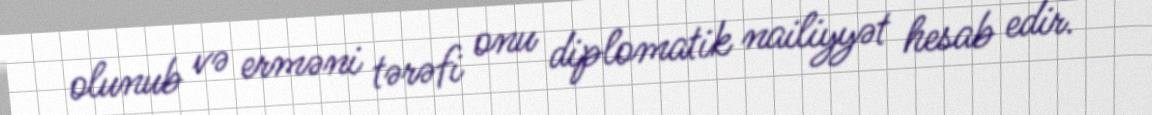
olunub və erməni tərəfi onu diplomatik nailiyyət hesab edir.